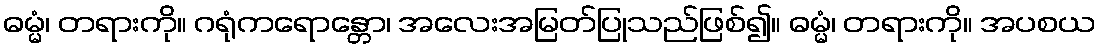
ဓမ္မံ၊ တရားကို။ ဂရုံကရောန္တော၊ အလေးအမြတ်ပြုသည်ဖြစ်၍။ ဓမ္မံ၊ တရားကို။ အပစယ